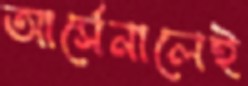
আর্সেনালেই